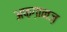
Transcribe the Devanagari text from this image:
अफ़ग़ानज़